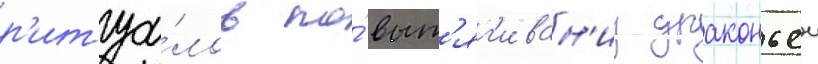
р'итуа́лов по́ выт'яг'иван'иу драконьеи